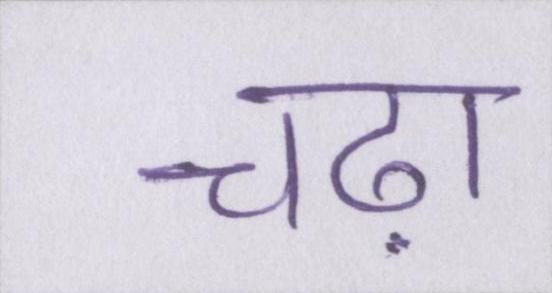
चढ़ा